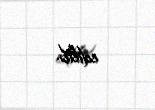
edilib.